Plague in India, 1896, 1897 - Volume 2
Year: 1896
Disease focus: Plague
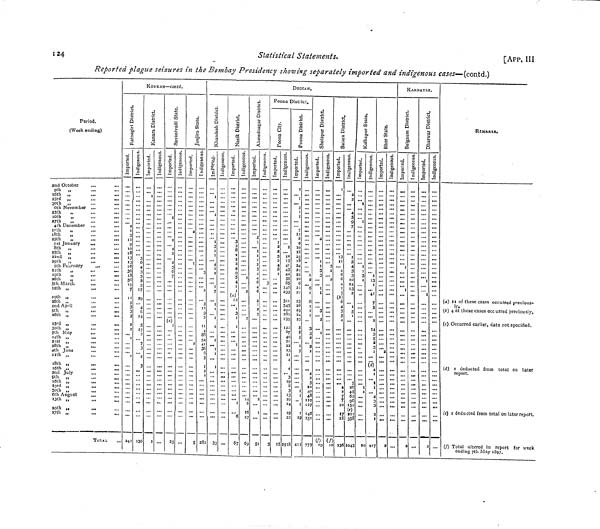
124
Statistical Statements.
Reported plague seizures in the Bombay Presidency showing separately imported and indigenous «w«w-(contd.)
[APP. Ill
Period.
("Week ending)
2nd October
...
...
9th .,
i6th „
23rd „
..,
...
30th .,
..
.„
6th November ..
i3th
,,
20th
,,
..
...
27th
,,
4th December ,.
,.,
I T til
„
iSth
„
25th
„
...
...
ist January
,.,
8th „
...
15th „
22nd „
...
.,.
29th .,
...
5th February
...
...
i2th
„
iQth
,,
26th
„
5th March
...
...
i2th „
...
i Oth „
. ,
...
2Qth „
2nd Apiil
. ,
,.,
pth ,,
, ,
,..
»6th „
, ,
,.,
33 r cl „
...
,.,
3oth „
.,,
...
7th May
...
,,.
i4th „
2'St
„
...
z8th „
4th June
nth „
,.,
„.
i8ch „
25th „
2nd July
...
...
Oth „
loth „
.,
,||
3 3rd „,
3olh ,,
.,
%ii
6th August
,,
*3th ,,
..
1)1
a oth ,,
.„
%>>
2 7th „
TOTAL
KONKAN — conta.
' 'l
1
3
il
9
IO
18
13
>3
16
36
18
36
19
7
ii
5
3
3
3
1
2
1
I
...
"*'
"1
!!.'
24I
...
...
...
...
...
...
3
6
4
3
3
5
3
17
29
4
C
14
5
17 */
*"
7
3
2
3
••>•
t..
J "
'"
"*
...
136
I
• II
• ••
'*'
•"
»•*
t.l
...
...
..1
...
...
...
...
...
...
. II
1
...
»•»
...
...
...
' . ' . ' .
...
...
...
...
...
...
...
...
fit
...
—
• i.
I
...
I
2
2
2
3
C
7
(c] \ i
¡
...
...
..<
••i
!..
...
25
...
...
...
...
...
..i
...
...
...
...
...
:::
—
...
...
...
...
2
• ••
...
...
...
...
2
...
...
•••
...
5
-..
..i
...
...
...
...
"
...
'"
3
2
3
9
"
II
4
SS
54
41
3S
/:
5
i
2
1
...
...
...
• *rf
282
DECCAN.
...
i
...
...
i
• i
i
3
I
I
...
4
i
2
...
I
7
i
i
i
2
2
.11
I
I
I
..i
...
. ..
...
...
• ••
33
...
1.1
...
...
...
,.,
...
...
...
...
...
...
...
...
...
••
...
3
i
i
2
4
9
5
4
i
(«)'
12
I
3
i
i
i
...
"'
»i ...
...
... ...
z
'"e
67
...
.i.
...
...
...
...
...*
2
• ••
2
...
...
...
...
...
...
...
l:
6
16
27
69
...
...
...
' 5
i
...
i
i
i
2
3
4
4
6
6
4
:
2
3
1C.
...
...
...
...
...
...
1.1
2
.i.
I
Si
• 1.
...
!..
...
...
...
3
. ;:
. . .
. . .
. . .
. . .
i . «
...
... . . .
...
IM
"'
3
Poona District,
...
...
...
...
...
I
2
2
5
2
4
8
z
'.'.'.
...
...
• i.
• ii
...
...
...
...
...
...
...
...
!..
Hl
25
...
»i.
...
...
2
12
13
41
43
42
35
SS
Z46
233
311
345
292
282
195
122
S7
40
2l
22
13
II
4
4
3
19
8
3
13
16
14
19
22
25IS
.
2
...
I
.1.
3
I
I
...
7
12
S
9
10
18
25
18
24
22
22
10
6
2 ]
21
23
26
25
24
23
8
8
5
2
5
• •i
I
l
...
i
l
19
413
ii.
...
...
...
• ••
.i.
ii.
...
1
2
"*6
i
6
I
I
I
...
3
3
2
2
1
...
4
2
s
IO
¿o
48
HO
127
146
251
773
...
...
...
...
...
...
...
...
2
...
...
I
I
3
3
i
I
...
'"3
2
1
...
Hl
Hl
...
If)
19
r
•••
É
..
tt
§>
t§
ft
lt
• w
...
" 3
I
2
...
...
...
...
• •t
..(
...
ii<
I"
.11
•i.
.11
...
77j
IO
1
I
.1.
...
....
...
...
Ill
...
...
tl
III
...
...
...
13
II
...
4
6
6
4
i
3
(t)
6
4
3
5
4
...
...
...
...
4
2
7
10
i?
18
136
• —
...
2
2
...
4
5
9
7
...
...
]
3
4
3
3
10
14
13
2
I
5
i
...
...
• i.
...
!' . !
"'
...
26
4 e
o
62
96
152
r e \
\ C J
211
358
IO43
!
I
Jl
...
I
I
3
I
...
*"*
• ••
.!!
...
...
i i
»i
10
...
•••
...
...
...
i
13
i
7
5
2
14
3
5
2
3
I
í¿\
\ a >
4
j
1
I
¿
í
I
117
HI
...
HI
...
:;;
...
' / . ' .
...
"*
'**3
•••
1*1
...
..t
• •*
*
• it
!!' .
2
..v-
III
»1
• II
II.
Ill
...
II.
.11
II.
!..
::.
...
' !'
•••
**'
' ..!
!(•
• ••
t.*
• •I
• •<
»*•
11!
. . .
KARNATAK.
-^-
••i
..i
...
».
i.i
••*
...
•••
...
*"
•i.
*ii
I
••«
'.'.'.
I
...
!"
...
...
••i
..i
...
...
.!.'
.14
"•
• *l
...
• 1*
• II
"*
3
—
1*1
• ••
».<
...
.1.
*••
«ti
• •*
**l
**'
• *(
'.'.'.
!!!
!!!
•K
«i«
«..
«i
...
!!!
...
.i.
..i
.•i
.•i
...
...
"" ni
...
—
«••
*••
...
...
...
.*•
»»»
...
*'*
'"
*••
*..
i l l
I
...
!!. '
«•i
•••
..*.
1.1
.11
...
...
.11
"
"
11
•'
"
11
"
**
...
2
—
...
!..
...
...
...
...
...
...
...
I"
. ..
...
ï*.
...
!ö
!"
...
..!
...
«M
«u
...
>..
...
...
...
...
>••
...
...
...
•i.
"' «M
...
REMARKS.
(a) n of these cases occurred previous-
ly«
(i) 4 of these cases occurred previously.
(c) Occurred earlier, date not specified.
(A) i deducted from total on later
report.
(e) i deducted from total on later report.
(/) Total altered in report for week
ending 7th May 1897.